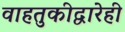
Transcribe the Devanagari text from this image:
वाहतुकीद्वारेही